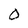
Character: O